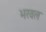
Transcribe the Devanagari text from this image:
भरवल